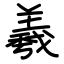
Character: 羲